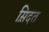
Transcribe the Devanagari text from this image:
स़िदत